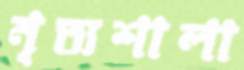
নৃত্যশালা